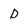
Character: D